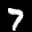
Label: 7